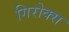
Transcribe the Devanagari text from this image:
गिरोक्स